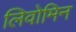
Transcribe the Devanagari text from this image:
लिवोमिन